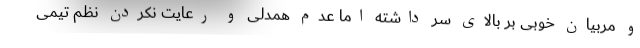
و مربیان خوبی بر بالای سر داشته اما عدم همدلی و رعایت نکردن نظم تیمی